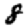
Digit: 8